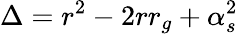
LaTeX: \Delta=r^{2}-2rr_{g}+\alpha_{s}^{2}